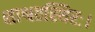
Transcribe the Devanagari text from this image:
शाश्वतस्थिरः।